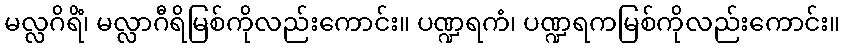
မလ္လဂိရိံ၊ မလ္လာဂီရိမြစ်ကိုလည်းကောင်း။ ပဏ္ဍရကံ၊ ပဏ္ဍရကမြစ်ကိုလည်းကောင်း။